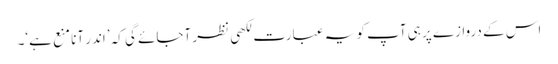
اس کے دروازے پر ہی آپ کو یہ عبارت لکھی نظر آجائے گی کہ ’اندر آنا منع ہے‘۔